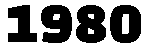
1980